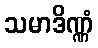
သမာဒိဏ္ဏံ